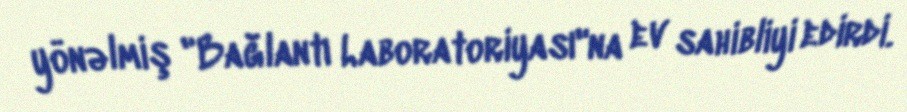
yönəlmiş "Bağlantı Laboratoriyası"na ev sahibliyi edirdi.